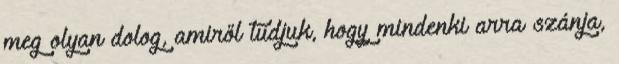
meg olyan dolog, amiről tudjuk, hogy mindenki arra szánja,